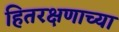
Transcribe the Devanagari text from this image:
हितरक्षणाच्या